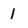
Character: 1